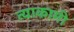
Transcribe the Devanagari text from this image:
त्याकामी